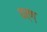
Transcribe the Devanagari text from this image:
वर्ण्